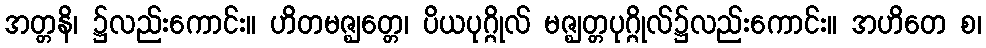
အတ္တနိ၊ ၌လည်းကောင်း။ ဟိတမဇ္ဈတ္တေ၊ ပိယပုဂ္ဂိုလ် မဇ္ဈတ္တပုဂ္ဂိုလ်၌လည်းကောင်း။ အဟိတေ စ၊